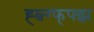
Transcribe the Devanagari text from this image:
ह्व्ज्ग्फ्फ्झ